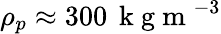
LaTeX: \rho_{p}\approx 300\, \mathrm{~k~g~m~}^{-3}